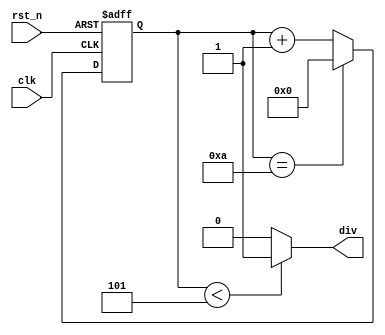
module frequency_divider_odd_sar (
    input wire clk,
    input wire rst_n,
    output wire div

);
    
    parameter n = 5;
    reg [3:0] cnt;
    always @(posedge clk, negedge rst_n) begin
        if (!rst_n) cnt <= 4'b0;
        else if (cnt == 2 * n) cnt <= 4'b0;
        else cnt <= cnt + 1'b1;
    end

    assign div = (cnt < n) ? 1'b1 : 1'b0;
endmodule